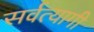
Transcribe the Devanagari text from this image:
सर्वत्यागी